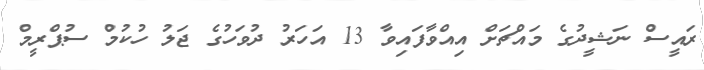
ރައީސް ނަޝީދުގެ މައްޗަށް އިއްވާފައިވާ 13 އަހަރު ދުވަހުގެ ޖަލު ހުކުމް ސުޕްރީމް